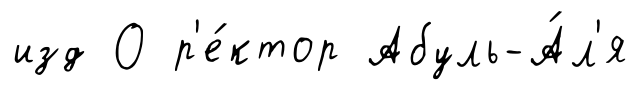
изд О р'е́ктор Абуль-А́л'я